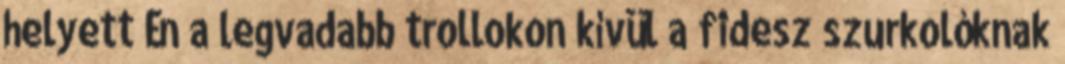
helyett Én a legvadabb trollokon kívül a fidesz szurkolóknak